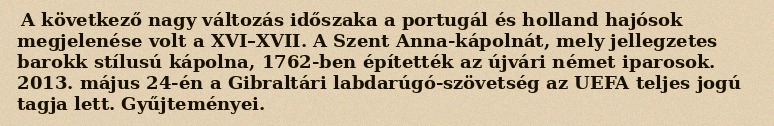
A következő nagy változás időszaka a portugál és holland hajósok megjelenése volt a XVI–XVII. A Szent Anna-kápolnát, mely jellegzetes barokk stílusú kápolna, 1762-ben építették az újvári német iparosok. 2013. május 24-én a Gibraltári labdarúgó-szövetség az UEFA teljes jogú tagja lett. Gyűjteményei.